Indian journal of veterinary science and animal husbandry - Volume 8,
Year: 1938
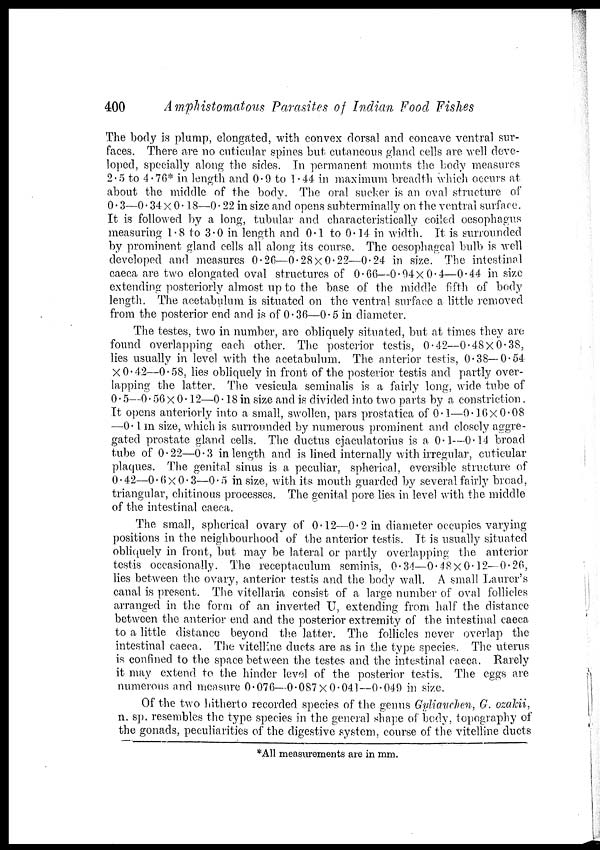
400
Amphistomatous Parasites of Indian Food Fishes
The body is plump, elongated, with convex dorsal and concave ventral sur-
faces. There are no cuticular spines but cutaneous gland cells are well deve-
loped, specially along the sides. In permanent mounts the body measures
2.5 to 4.76* in length and 0.9 to 1.44 in maximum breadth which occurs at
about the middle of the body. The oral sucker is an oval structure of
0.3—0.34 × 0.18—0.22 in size and opens subterminally on the ventral surface.
It is followed by a long, tubular and characteristically coiled oesophagus
measuring 1.8 to 3.0 in length and 0.1 to 0.14 in width. It is surrounded
by prominent gland cells all along its course. The oesophageal bulb is well
developed and measures 0.26—0.28×0.22—0.24 in size. The intestinal
caeca are two elongated oval structures of 0.66—0.94×0.4—0.44 in size
extending posteriorly almost up to the base of the middle fifth of body
length. The acetabulum is situated on the ventral surface a little removed
from the posterior end and is of 0.36—0.5 in diameter.
The testes, two in number, are obliquely situated, but at times they are
found overlapping each other. The posterior testis, 0.42—0.48×0.38,
lies usually in level with the acetabulum. The anterior testis, 0.38—0.54
×O.42—0.58, lies obliquely in front of the posterior testis and partly over-
lapping the latter. The vesicula seminalis is a fairly long, wide tube of
0.5—0.56 × 0.12—0.18 in size and is divided into two parts by a constriction.
It opens anteriorly into a small, swollen, pars prostatica of 0.1—0.16× 0.08
—0.1 in size, which is surrounded by numerous prominent and closely aggre-
gated prostate gland cells. The ductus ejaculatorius is a 0.1—0.14 broad
tube of 0.22—0.3 in length and is lined internally with irregular, cuticular
plaques. The genital sinus is a peculiar, spherical, eversible structure of
0.42—0.6×0.3—0.5 in size, with its mouth guarded by several fairly broad,
triangular, chitinous processes. The genital pore lies in level with the middle
of the intestinal caeca.
The small, spherical ovary of 0.12—0.2 in diameter occupies varying
positions in the neighbourhood of the anterior testis. It is usually situated
obliquely in front, but may be lateral or partly overlapping the anterior
testis occasionally. The receptaculum seminis, 0.34—0.48×0.12—0.26,
lies between the ovary, anterior testis and the body wall. A small Laurer's
canal is present. The vitellaria consist of a large number of oval follicles
arranged in the form of an inverted U, extending from half the distance
between the anterior end and the posterior extremity of the intestinal caeca
to a little distance beyond the latter. The follicles never overlap the
intestinal caeca. The vitelline ducts are as in the type species. The uterus
is confined to the space between the testes and the intestinal caeca. Rarely
it may extend to the hinder level of the posterior testis. The eggs are
numerous and measure 0.076—0.087×0.041—0.049 in size.
Of the two hitherto recorded species of the genus Gyliauchen, G. ozakii,
n. sp. resembles the type species in the general shape of body, topography of
the gonads, peculiarities of the digestive system, course of the vitelline ducts
*All measurements are in mm.